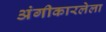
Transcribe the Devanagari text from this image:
अंगीकारलेला